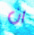
ان